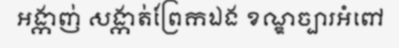
អង្កាញ់ សង្កាត់ព្រែកឯង ខណ្ឌច្បារអំពៅ